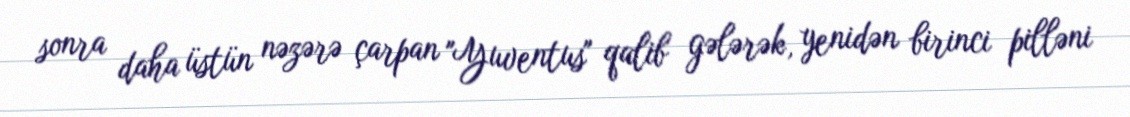
sonra daha üstün nəzərə çarpan "Yuventus" qalib gələrək, yenidən birinci pilləni